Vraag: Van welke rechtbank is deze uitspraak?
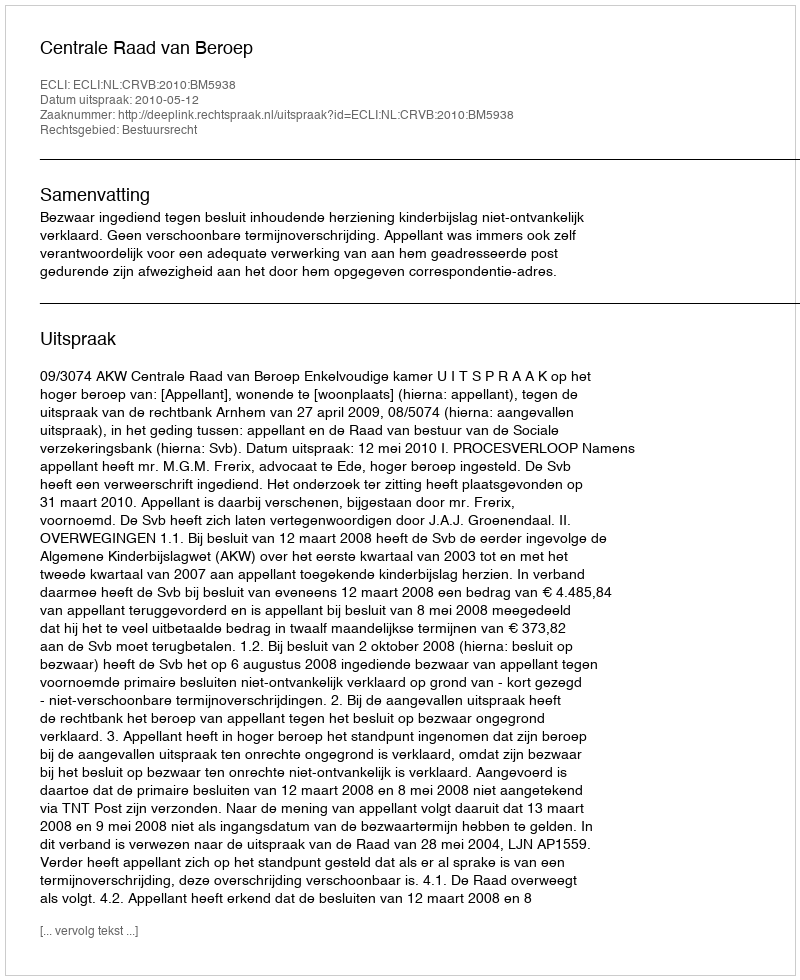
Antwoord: Centrale Raad van Beroep